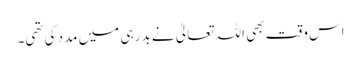
اس وقت بھی اللہ تعالیٰ نے بدر ہی میں مدد کی تھی۔